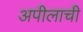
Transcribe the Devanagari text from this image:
अपीलाची